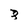
Character: 3